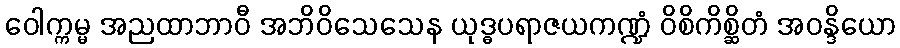
ဝေါက္ကမ္မ အညထာဘာဝီ အဘိဝိသေသေန ယုဒ္ဓပရာဇယကဏ္ဍံ ဝိစိကိစ္ဆိတံ အဝန္ဒိယော